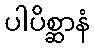
ပါပိစ္ဆာနံ